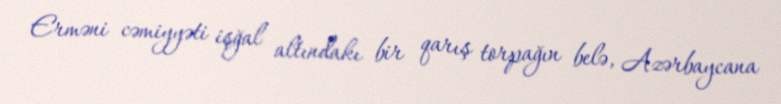
Erməni cəmiyyəti işğal altındakı bir qarış torpağın belə, Azərbaycana